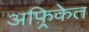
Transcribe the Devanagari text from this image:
अफ़्रिकेत